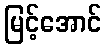
မြင့်အောင်